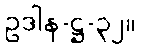
ဥဒါန-ဋ္ဌ-၃၂။